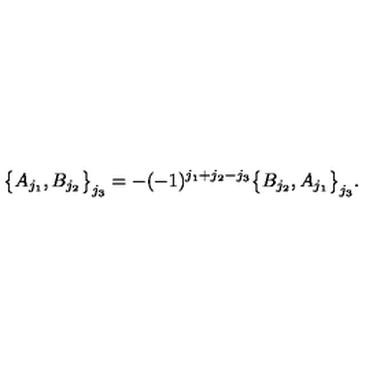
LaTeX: \big \{ A _ { j _ { 1 } } , B _ { j _ { 2 } } \big \} _ { j _ { 3 } } = - ( - 1 ) ^ { j _ { 1 } + j _ { 2 } - j _ { 3 } } \big \{ B _ { j _ { 2 } } , A _ { j _ { 1 } } \big \} _ { j _ { 3 } } .